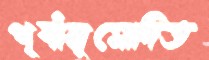
পূর্বানুমোদিত